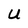
Character: U